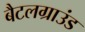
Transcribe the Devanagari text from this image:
बैटलग्राउंड